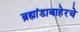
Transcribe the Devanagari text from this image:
ब्रह्मांडाबाहेरचे